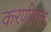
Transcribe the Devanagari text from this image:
करणीगत